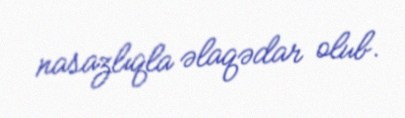
nasazlıqla əlaqədar olub.